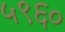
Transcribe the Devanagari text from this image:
५९६०